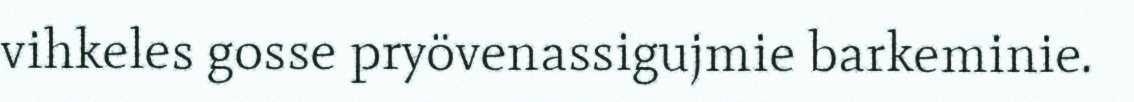
vihkeles gosse pryövenassigujmie barkeminie.